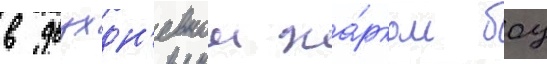
в двухдн'евном жа́рком боу